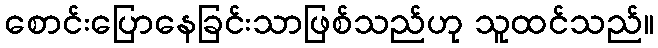
စောင်းပြောနေခြင်းသာဖြစ်သည်ဟု သူထင်သည်။